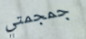
جمجمتي